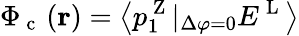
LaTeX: \Phi_{\mathrm{~c~}}\left(\mathbf{r}\right)=\left\langle{p_{1}^{\mathrm{~Z~}}|_{\Delta\varphi=0}E^{\mathrm{~L~}}}\right\rangle